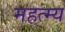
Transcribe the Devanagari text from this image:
महत्म्य